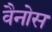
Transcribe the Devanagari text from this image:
वैनोस